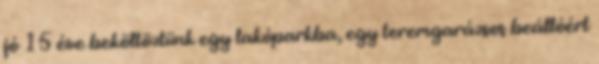
jó 15 éve beköltöztünk egy lakóparkba, egy teremgarázsos beállóért